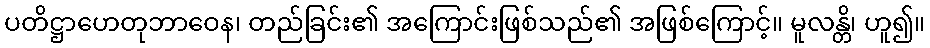
ပတိဋ္ဌာဟေတုဘာဝေန၊ တည်ခြင်း၏ အကြောင်းဖြစ်သည်၏ အဖြစ်ကြောင့်။ မူလန္တိ၊ ဟူ၍။